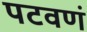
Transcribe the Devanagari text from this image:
पटवणं